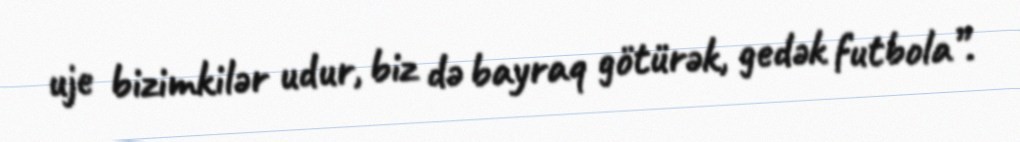
uje bizimkilər udur, biz də bayraq götürək, gedək futbola”.